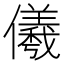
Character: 𭀋